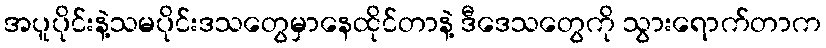
အပူပိုင်းနဲ့သမပိုင်းဒသတွေမှာနေထိုင်တာနဲ့ ဒီဒေသတွေကို သွားရောက်တာက